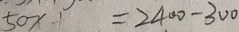
5 0 x - 1 = 2 4 0 0 - 3 0 0